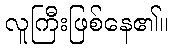
လူကြီးဖြစ်နေ၏။